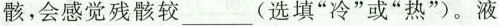
骸，会感觉残骸较___(选填”冷“或”热“)。液